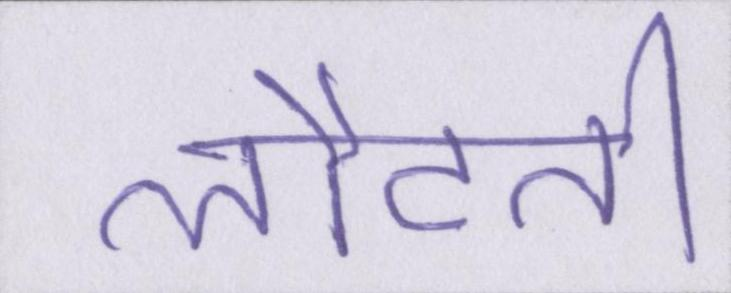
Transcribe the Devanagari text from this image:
लौटती